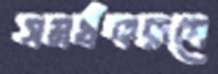
সমর্থকরূপে